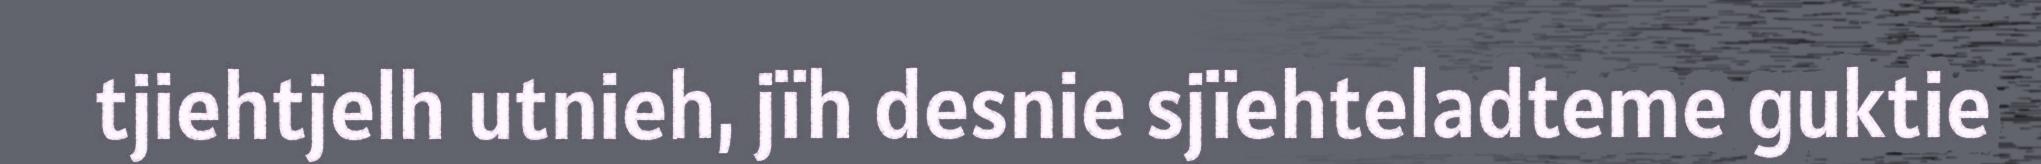
tjiehtjelh utnieh, jïh desnie sjïehteladteme guktie